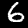
Label: 6